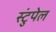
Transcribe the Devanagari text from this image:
स्टुंपेल